Report of the Municipal Commissioner on the plague in Bombay for the year ending 31st May... - Volume 2
Disease focus: Plague
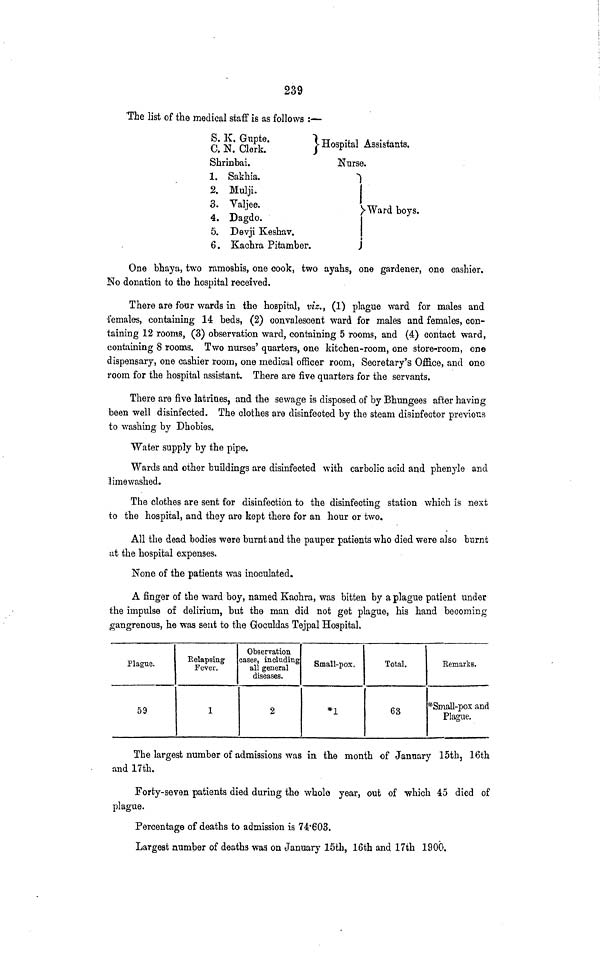
239
'The list of the medical staff is as follows :—
S. K. Gnpte.
1
C. N. Clerk.
J
Shrinbai.
1. Sakhia.
2. Mulji.
3. Valjee.
4. Dagdo.
5. Devji Keshav.
6. Kachra Pitamber.^H
ospital Assistants.
Nurse.
i
1
)»Ward boys.
1
J
One bhaya, two ramoshis, one cook, two ayahs, one gardener, one cashier.
No donation to the hospital received.
There are four wards in the hospital, viz,, (1) plague ward for males and
females, containing 14 beds, (2) convalescent ward for males and females, con-
taining 12 rooms, (3) observation ward, containing 5 rooms, and (4) contact ward,
containing 8 rooms. Two nurses' quarters, one kitchen-room, one store-room, one
dispensary, one cashier room, one medical officer room, Secretary's Office, and one
room for the hospital assistant. There are five quarters for the servants.
There are five latrines, and the sewage is disposed of by Bhungees after having
been well disinfected. The clothes are disinfected by the steam disinfector previous
to washing by Dhobies.
Water supply by the pipe.
Wards and other buildings are disinfected with carbolic a<?id and phenyle and
limewashed.
The clothes are sent for disinfection to the disinfecting station which is next
to the hospital, and they are kept there for an hour or two.
All the dead bodies were burnt and the pauper patients who died were also burnt
at the hospital expenses.
None of the patients was inoculated.
A finger of the ward boy, named Kachra, was bitten by a plague patient under
the impulse of delirium, but the man did not get plague, his hand becoming
gangrenous, he was sent to the Goculdas Tejpal Hospital.
Plague.
59
Belapsing
Fever.
1
Observation
cases, including
all general
diseases.
2
Small-pox.
*1
Total.
63
Kemarks.
*Small-pox and
Plague.
The largest number of admissions was in the month of January 15th, 16th
and 17th.
Forty-seven patients died during the whole year, out of which 45 died of
plague.
Percentage of deaths to admission is 7 4'6 03.
Largest number of deaths was on January 15th, 16th and 17th 1900.